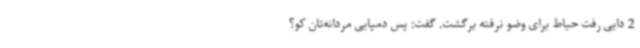
2 دایی رفت حیاط برای وضو نرفته برگشت. گفت: پس دمپایی مردانه‌تان کو؟